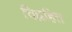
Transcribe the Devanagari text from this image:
चिह्नहित